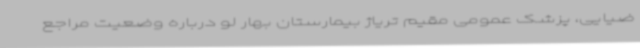
ضیایی، پزشک عمومی مقیم تریاژ بیمارستان بهار لو درباره وضعیت مراجع